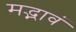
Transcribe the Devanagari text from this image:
मद्भावं